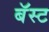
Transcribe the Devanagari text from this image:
बॅस्ट